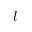
l